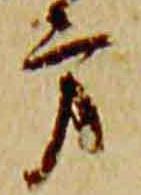
方